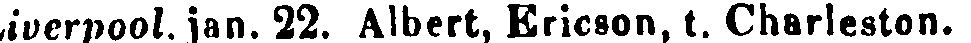
iverpool, jun. 22. Albert, Ericson, t. Charleston.